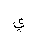
Letter: _ya